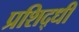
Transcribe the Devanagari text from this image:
प्रशिद्धी